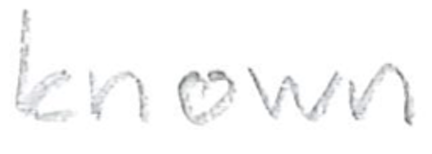
Text: known
Cross-out: clean
Writing tool: pencil